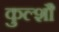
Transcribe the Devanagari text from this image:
कुल्शौ